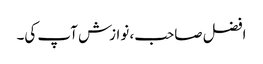
افضل صاحب، نوازش آپ کی۔